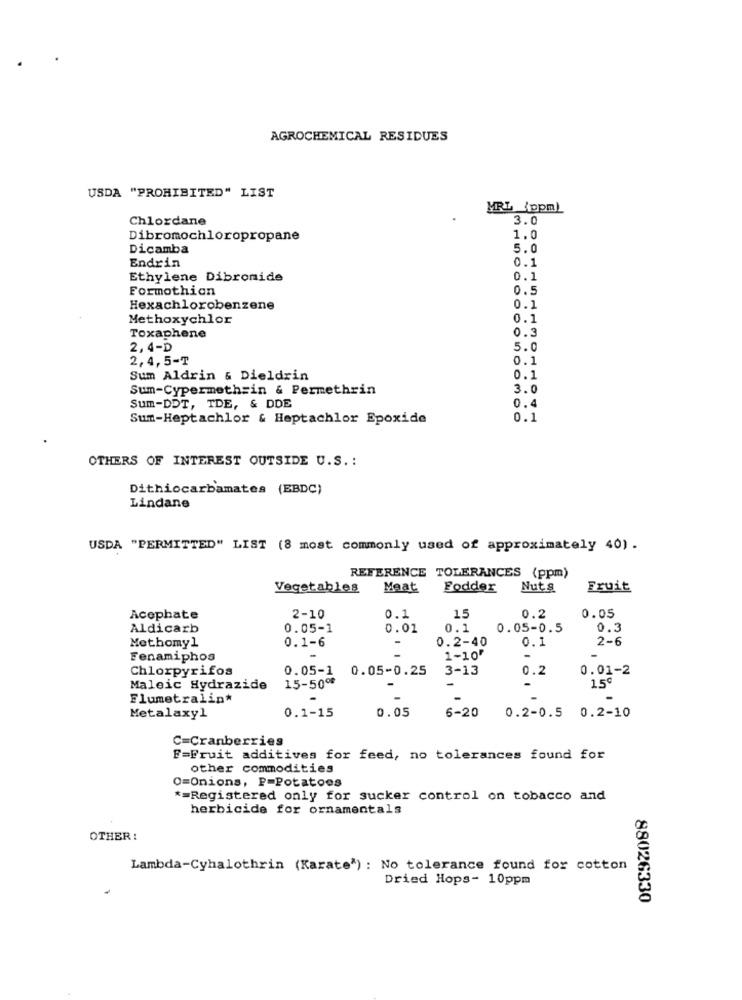
AGROCHEMICAL RESIDUES
USDA "PROHIBITED" LIST
MRL _(ppm)
Chlordane
3.0
Dibromochloropropane
1.0
Dicamba
5.0
Endrin
0.1
Ethylene Dibromide
0.1
Formothion
0.5
Hexachlorobenzene
0.1
Methoxychlor
0.1
0.3
Toxaphene
2,4-D
5.0
2,4,5-T
0.1
Sum Aldrin & Dieldrin
0.1
Sum-Cypermethrin & Permethrin
3.0
Sum-DDT, TDE, & DDE
0.4
Sum-Heptachlor & Heptachlor Epoxide
0.1
OTHERS OF INTEREST OUTSIDE U.S .:
Dithiocarbamates (EBDC)
Lindane
USDA "PERMITTED" LIST (8 most commonly used of approximately 40) .
REFERENCE TOLERANCES (ppm)
Vegetables
Meat
Fodder
Nuts
Fruit
0.05
Acephate
2-10
0.1
15
0.2
Aldicarb
0.05-1
0.01
0.1
0.05-0.5
0.3
Methomyl
-
0.2-40
0.1
2-6
0.1-6
Fenamiphos
1-10'
-
Chlorpyrifos
0.05-1
0.05-0.25
3-13
0.2
0.01-2
15-5009
150
Maleic Hydrazide
Flumetralin*
0.1-15
0.05
6-20
0.2-0.5 0.2-10
Metalaxyl
C=Cranberries
F=Fruit additives for feed, no tolerances found for
other commodities
O=Onions, P=Potatoes
*= Registered only for sucker control on tobacco and
herbicide for ornamentals
OTHER :
Lambda-Cyhalothrin (Karate') : No tolerance found for cotton
Dried Hops- 10ppm
88026330